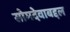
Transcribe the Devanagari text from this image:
सोमदेवाबद्दल